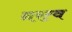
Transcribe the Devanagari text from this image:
नरत्व